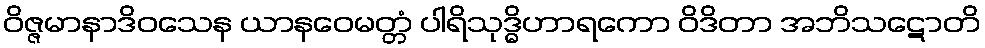
ဝိဇ္ဇမာနာဒိဝသေန ယာနဝေမတ္တံ ပါရိသုဒ္ဓိဟာရကော ဝိဒိတာ အဘိသဋောတိ